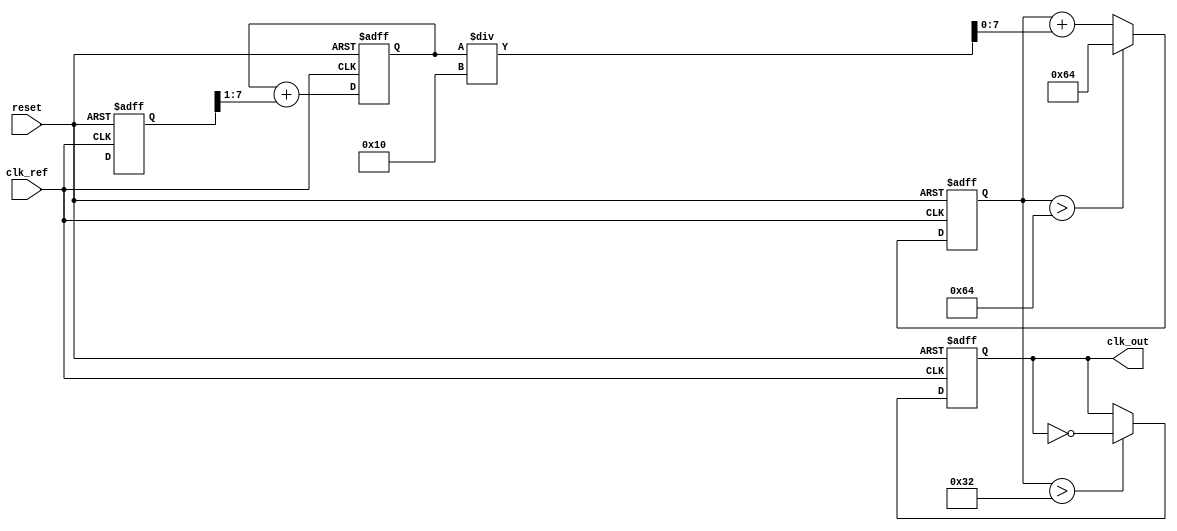
module pll (
    input wire clk_ref,           // Reference clock input
    input wire reset,             // Reset signal
    output wire clk_out           // PLL output clock
);

    // Parameters
    parameter MEMORY_DEPTH = 8;  // Depth of phase memory
    parameter PHASE_STEP = 1;     // Phase step size
    parameter VCO_MAX_FREQ = 100; // Maximum frequency of VCO

    // Internal signals
    reg [MEMORY_DEPTH-1:0] phase_memory; // Memory for phase information
    reg [7:0] phase_error;        // Phase error signal from PD
    reg [7:0] control_voltage;     // Control voltage for VCO
    reg [7:0] vco_frequency;       // Current frequency of VCO
    reg clk_vco;                   // VCO output clock

    // Phase Detector (PD)
    always @(posedge clk_ref or posedge reset) begin
        if (reset) begin
            phase_error <= 0;
        end else begin
            // Simplified phase comparison
            phase_error <= phase_memory - clk_vco[1:0]; // Phase difference
        end
    end

    // Loop Filter (LF)
    always @(posedge clk_ref or posedge reset) begin
        if (reset) begin
            control_voltage <= 0;
        end else begin
            // Simple IIR filter for loop filter
            control_voltage <= control_voltage + (phase_error >> 1); // Reduce phase error
        end
    end

    // Voltage-Controlled Oscillator (VCO)
    always @(posedge clk_ref or posedge reset) begin
        if (reset) begin
            vco_frequency <= 0;
            clk_vco <= 0;
        end else begin
            // Adjust VCO frequency based on control voltage
            vco_frequency <= vco_frequency + control_voltage[7:0]/16; // Scale control voltage
            if (vco_frequency > VCO_MAX_FREQ) begin
                vco_frequency <= VCO_MAX_FREQ; // Clamp frequency
            end
            // Generate VCO output clock
            clk_vco <= (vco_frequency > 50) ? ~clk_vco : clk_vco; // Simple toggling for clk_vco
        end
    end

    // Memory Blocks
    always @(posedge clk_ref or posedge reset) begin
        if (reset) begin
            phase_memory <= 0;
        end else begin
            // Store phase information
            phase_memory <= {phase_memory[MEMORY_DEPTH-2:0], clk_vco[1:0]}; // Shift in new phase
        end
    end

    // Output Clock
    assign clk_out = clk_vco;

endmodule